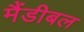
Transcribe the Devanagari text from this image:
मैंडीबल